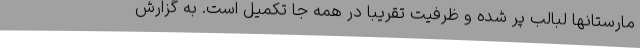
مارستانها لبالب پر شده و ظرفیت تقریبا در همه جا تکمیل است. به گزارش